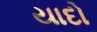
યાદો